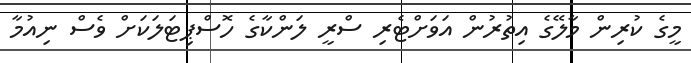
މީގެ ކުރިން މާލޭގެ އިތުރުން އަވަށްޓެރި ސްރީ ލަންކާގެ ހޮސްޕިޓަލަކަށް ވެސް ނިއުމާ